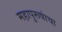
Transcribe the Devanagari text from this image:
महापुरूषांचा